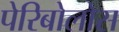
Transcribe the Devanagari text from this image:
पेरिबोलोस